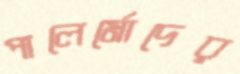
পালের্মোদের